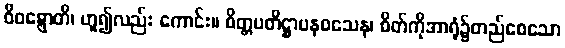
ဝိဝဋ္ဋောတိ၊ ဟူ၍လည်း ကောင်း။ စိတ္တပတိဋ္ဌာပနဝသေန၊ စိတ်ကိုအာရုံ၌တည်စေသော